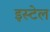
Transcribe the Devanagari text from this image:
इस्टेल